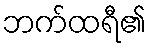
ဘက်ထရီ၏